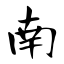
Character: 南